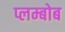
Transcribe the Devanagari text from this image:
प्लम्बोब